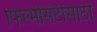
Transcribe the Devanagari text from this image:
फिल्मसिटीसाठी